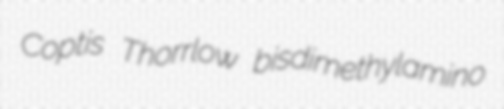
Coptis Thorrlow bisdimethylamino